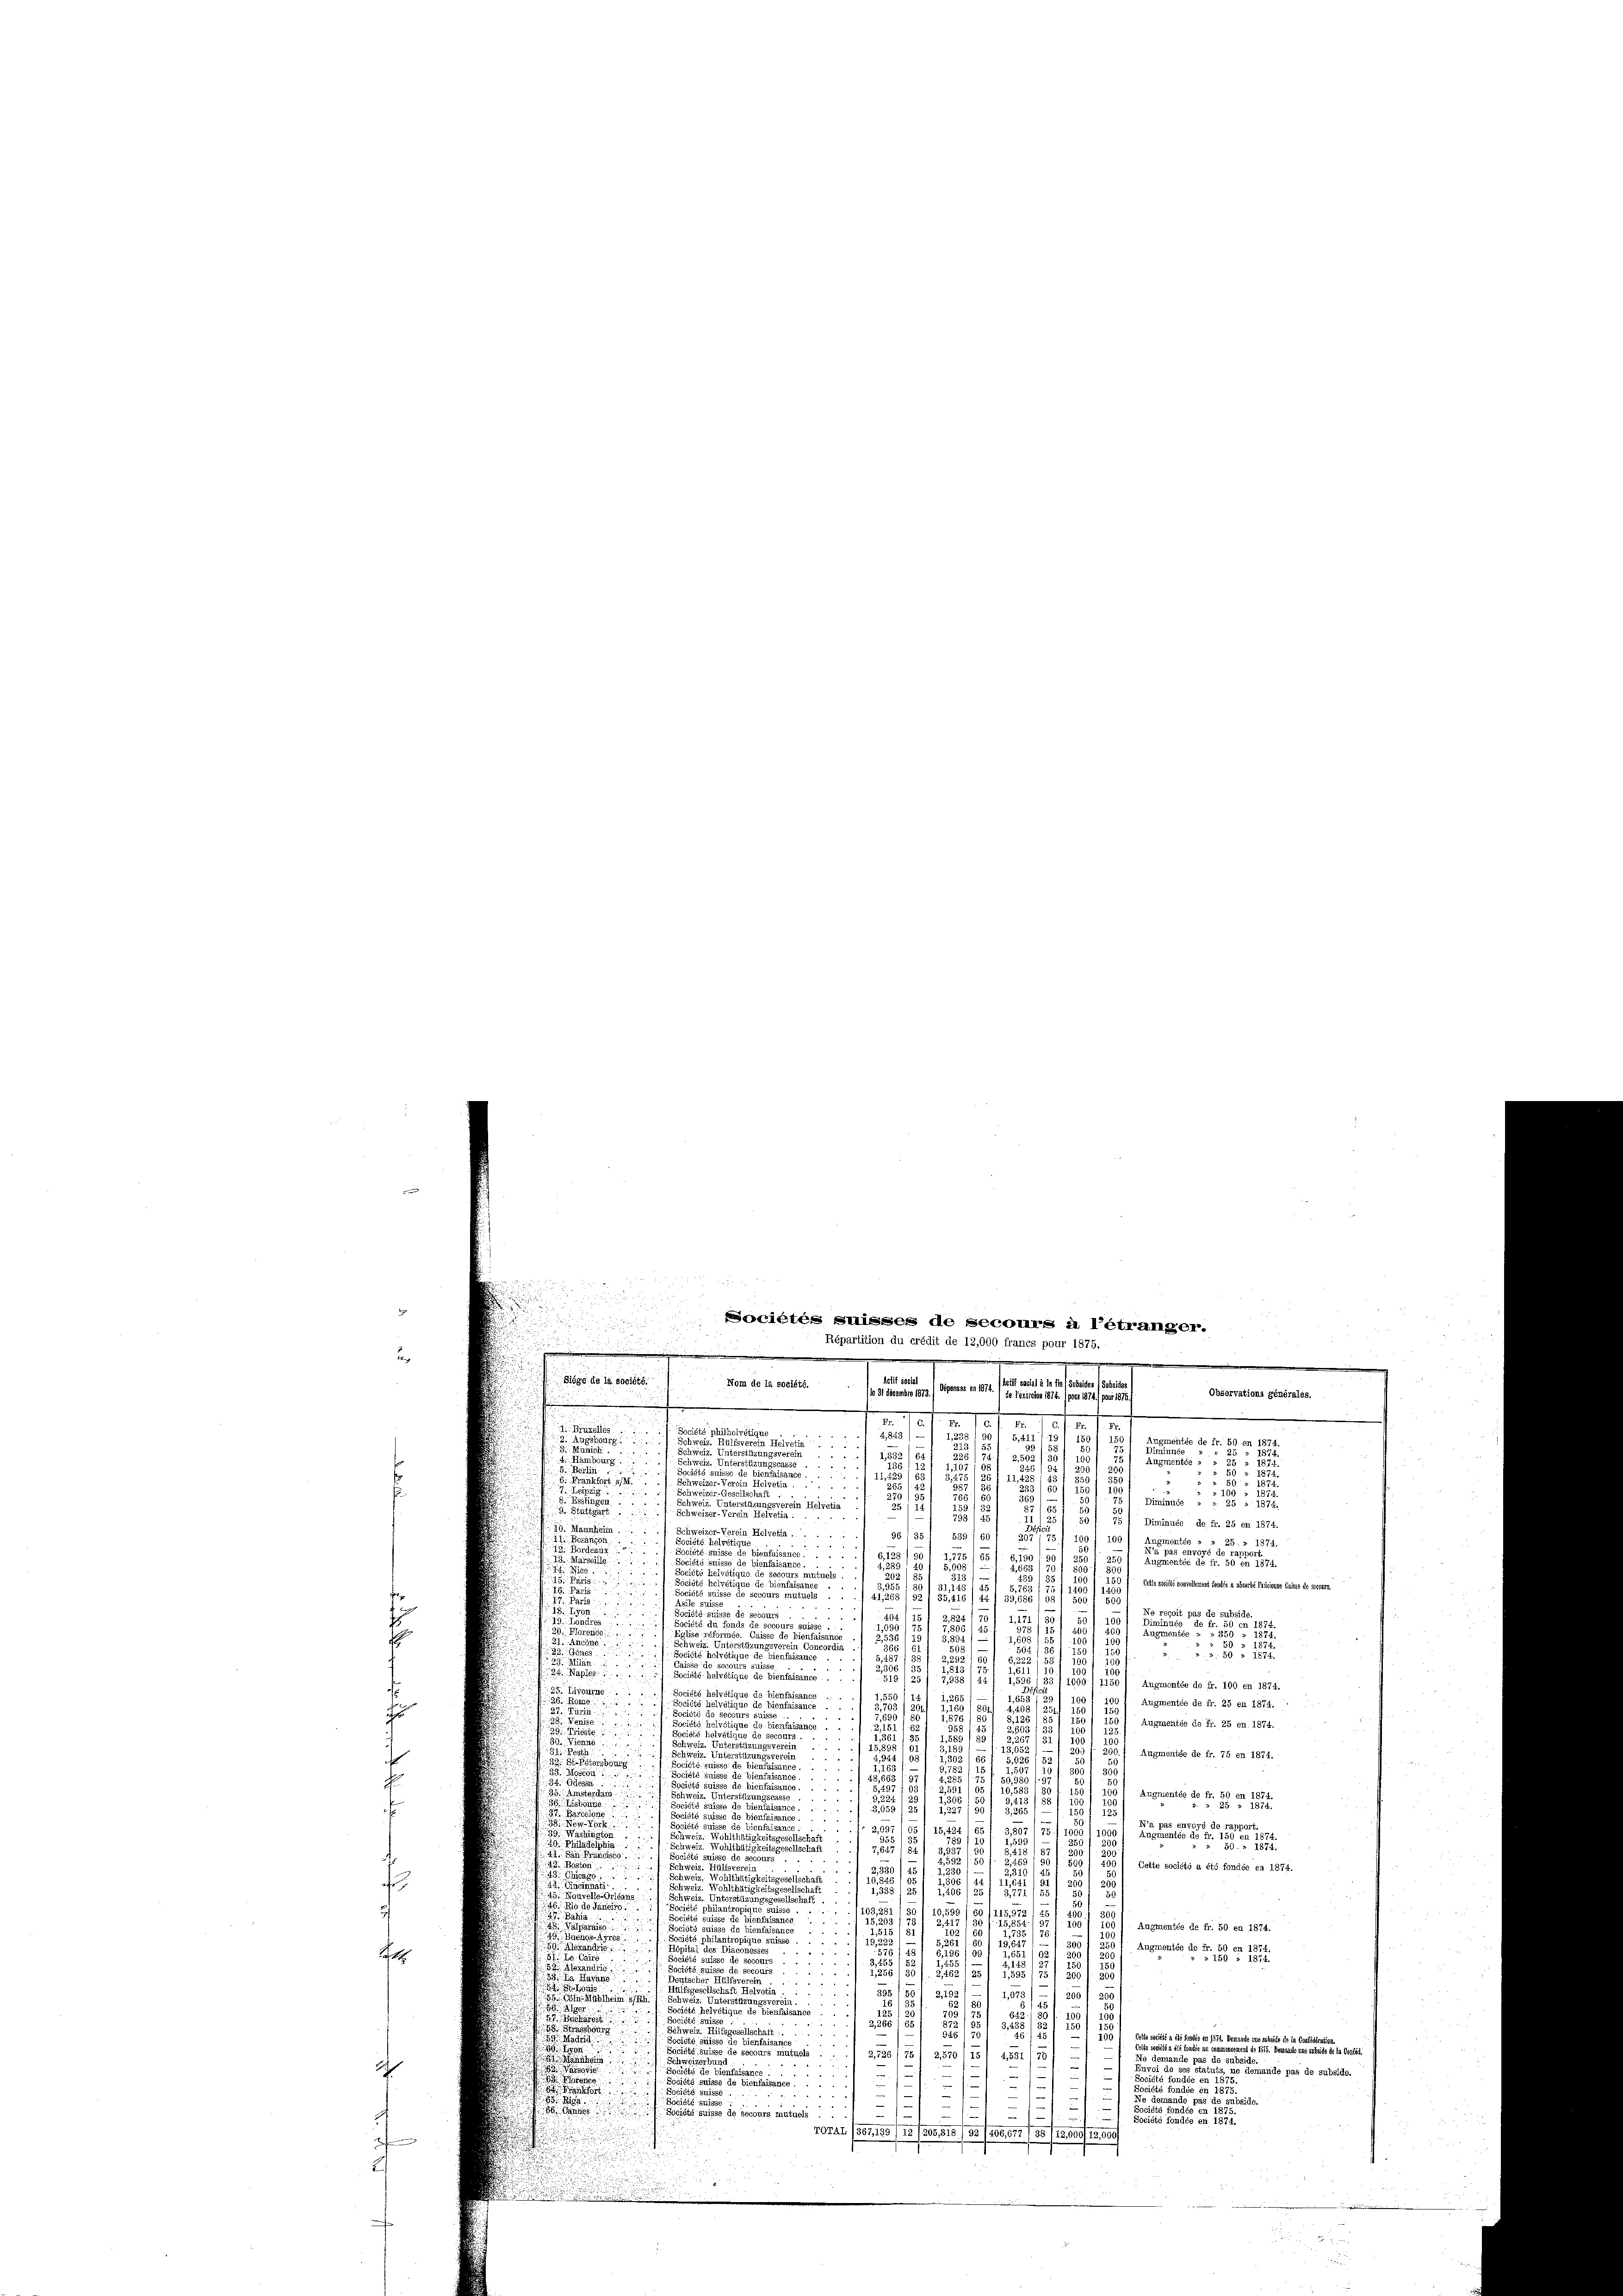
u
a
2

Sociétés suisses de secours à l’étranger.
Répartition du crédit de 12,000 francs pour 1875

.
.
Ratif s
dial
Dibgé de la société.
Mone de la seiste. (fo d. Bamber 1879 f. Genere an 14.
Observations générales.
.
J
e
s
.
rétäge
d
1
.
tée de fr. 51
u
e

Ein
e

u
2
u
163
11,45
1812.
5
i
23
.
reizer
u
d
a
e
a
in Helveti
u
87/8
.
Diminuéé de fr. 25 en 1874.
mheim.
lirreizer
30 f 30 1
a
ciété
16
2
etrage de
d

175
1             154
Societ
e
574.
.

289
. 90.
nutuels
i
 Oetts société nouvellement fondée a absorbé Taurigene Caisse de secours.

 1500
u
¬

.
1

u
306)
i
u
u
rcordia
323
n
222
3
A u.
en
e

.
1755 augmentée de fr. 100 en 1874.
10.
u
Société helvetique c
45. Livourne ..
ivität
Augmentée de fr. 25 en 1874.
2
.
heir
185/201,

25 Séco
a
u
1,876,
Augmentée de fr. 25 en. 1874.

.
Basis helliges der
33)
 in de
Fes
Schine
u
.
.
Zunge

Augmentée de fr. 75 en 1874.
1
lisse
1075
n
Bienfal
i
u
Augmentée de fr. 50 en 1874.
Fisbanne.
u
d
15/
s
u
Soci
6 bis

s
2,
1651 18
e. Vier

shingti
Schweiz.
f
iläde
u
gkeitsgesellsc
it

1 Cette société a été fondée en 1874.

202
1206/25 f 18 1/2
velle
55 f
at.
1

i
u
Augmentée de fr. 50 en 1874.

.
e

Augmentie de Fr. 89 n 19
0

a
25
¬
133
a
2,152)

130
nMühlheim 5/7.
d
faisano.
266 1 E
2

d
a
.
.
¬
2,570/ 1
4,531
nutuels
e
ände pas de subside.

e
d
s

J

.
20224 (80, 195/12. 120, 515 /33/100,5131551/G,300/1900
i